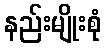
နည်းမျိုးစုံ